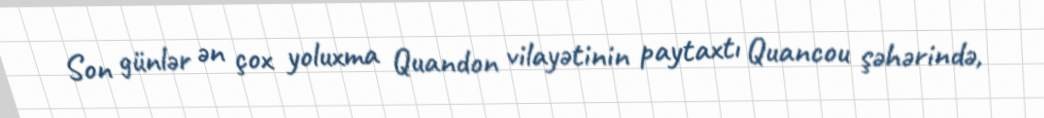
Son günlər ən çox yoluxma Quandon vilayətinin paytaxtı Quancou şəhərində,